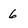
Character: 6